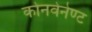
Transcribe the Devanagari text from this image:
कोनवेनेण्ट